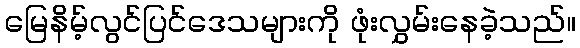
မြေနိမ့်လွင်ပြင်ဒေသများကို ဖုံးလွှမ်းနေခဲ့သည်။